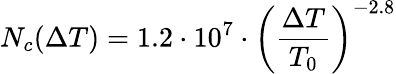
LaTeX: N_{c}(\Delta T)=1.2\cdot 10^{7}\cdot\left(\frac{\Delta T}{T_{0}}\right)^{-2.8}